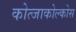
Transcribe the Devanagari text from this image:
कोत्जाकोल्कोस